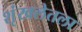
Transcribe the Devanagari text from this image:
शृंखलेतला